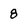
Character: 8